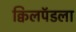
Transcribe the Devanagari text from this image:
क्विलपॅडला